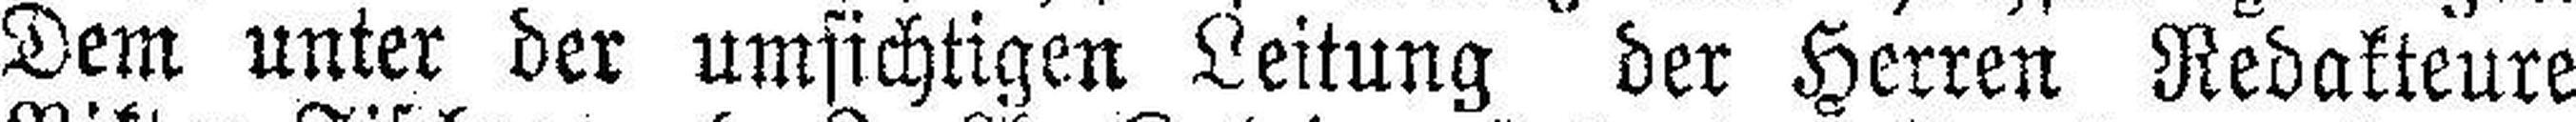
Dem unter der umsichtigen Leitung der Herren Redakteure